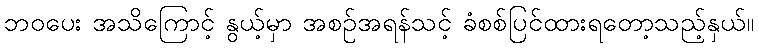
ဘဝပေး အသိကြောင့် နွယ့်မှာ အစဉ်အရန်သင့် ခံစစ်ပြင်ထားရတော့သည့်နှယ်။